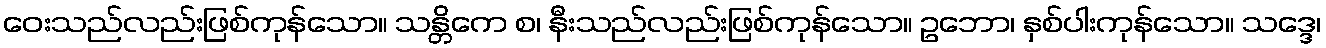
ဝေးသည်လည်းဖြစ်ကုန်သော။ သန္တိကေ စ၊ နီးသည်လည်းဖြစ်ကုန်သော။ ဥဘော၊ နှစ်ပါးကုန်သော။ သဒ္ဒေ၊